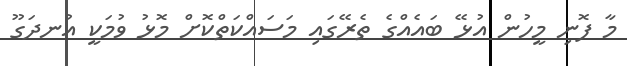
މާ ފޮނި މީހުން އުޅޭ ބައެއްގެ ތެރޭގައި މަސައްކަތްކޮށް މޮޅު ވުމަކީ އުނދަގޫ